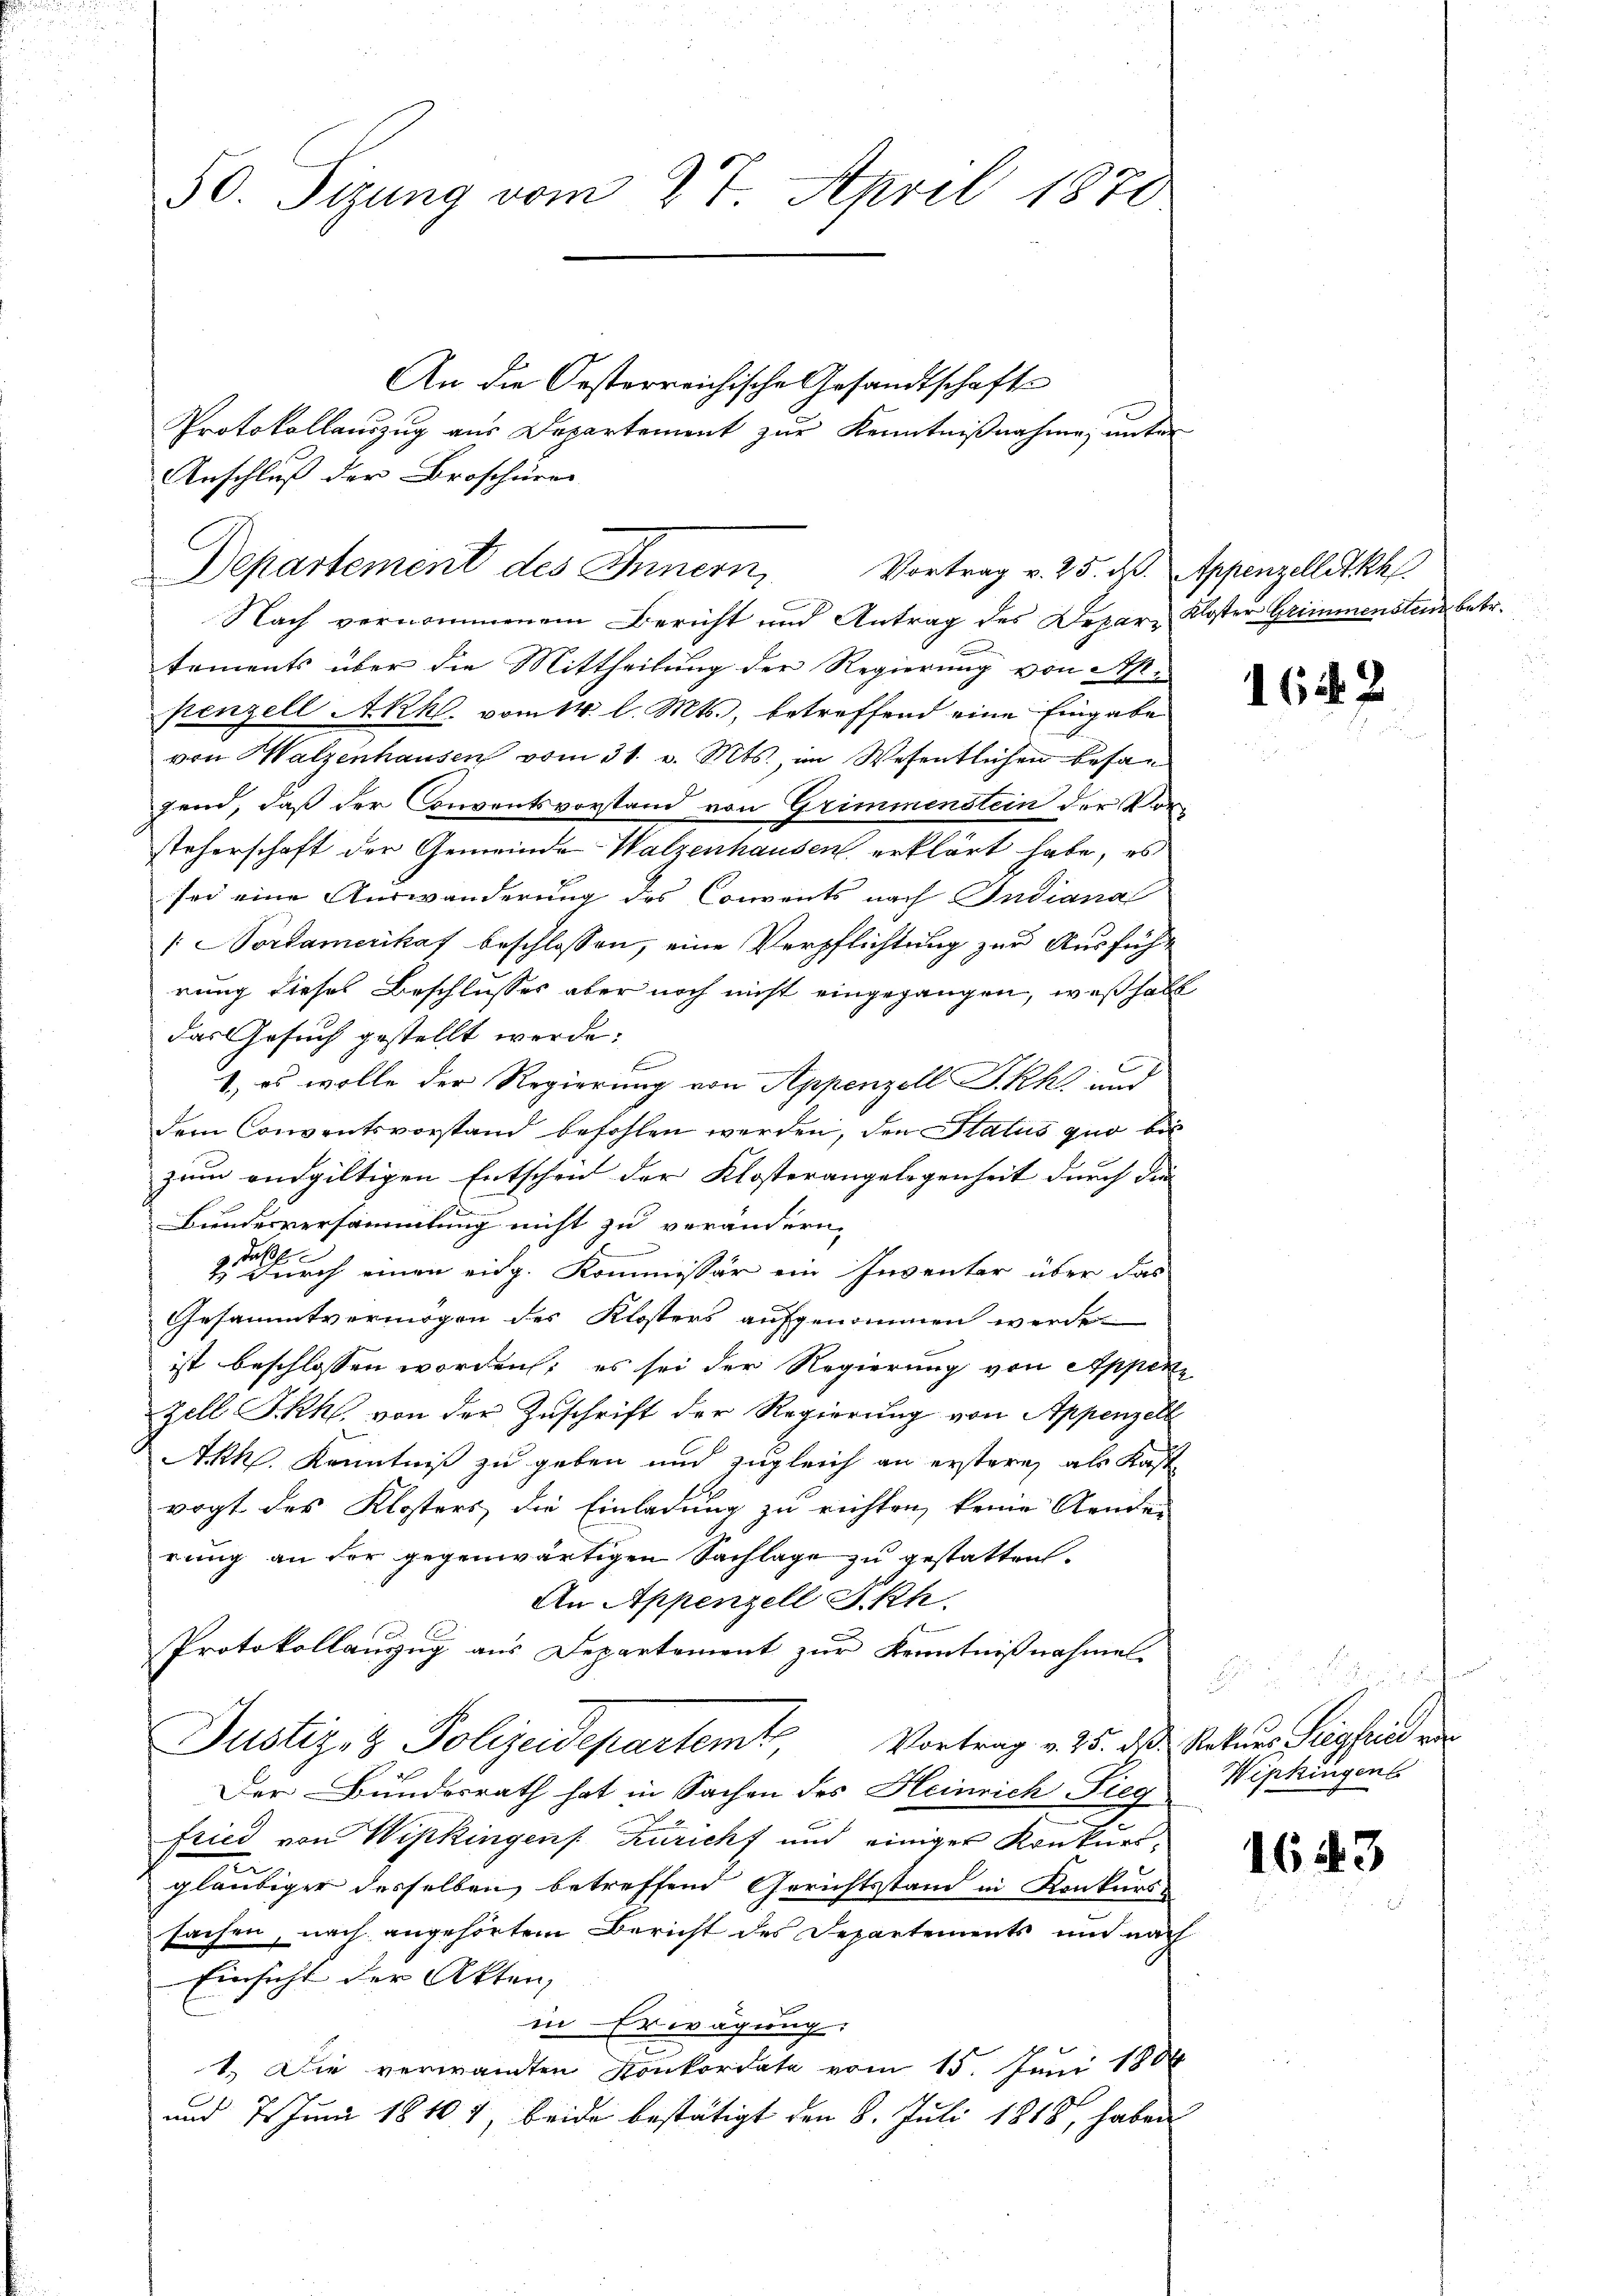
50. Sizung vom 27. April 1870

Departement des Innern,
Vortrag v. 25. Rp. Appenzelletkh
Nach vernommenem Bericht und Antrag des Depar- Kloster Grimmensten betr.

Anschluß der Broschüren
tements über die Mittheilung der Regierung von Ap
penzell Akhl. vom 14. l. Mts., betreffend eine Eingabe
von Walzenhausen vom 31. v. Mts., im Wesentlichen befan
gend, daß der Conventsvorstand von Grimmenstein der Vorsteherschaft der Gemeinde Walzenhausen erklärt habe, es
sei eine Auswanderung des Convents nach Indiana
/ Nordamerikaf beschlossen, eine Verpflichtung zur Ausführung dieses Beschlusses aber noch nicht eingegangen, weshalt
das Gesuch gestellt werde:
E
1.) es wolle der Regierung von Appenzell Ikk und
dem Conventsvorstand befohlen werden, den Status quo bis
zum endgültigen Entscheid der Klosterangelegenheit durch die
Bundesversammlung nicht zu verändern,
2 durch einen eidg. Kommissär ein Inventar über das
Gesammtvermögen des Klosters aufgenommen werde.
ist beschlossen worden; es sei der Regierung von Appenze
zell I.Rh. von der Zuschrift der Regierung von Appenzell
Akkl. Kenntniß zu geben und zugleich an erstere als Kost
vogt des Klosters die Einladung zu richten, keine Aenden
rung an der gegenwärtigen Sachlage zu gestatten.
An Appenzell Fkh.
Protokollauszug aus Departement zur Kenntnißnahmel
Justiz- & Polizeidepartemt, Vortrag v. 25. ds. Naturs Siegfrieder
Der Bundesrath hat in Sachen des Heinrich Sieg Wipkingens
fried von Wipkingen Zuricht und einiger Konkursgläubiger desselben, betreffend Gerichtsstand in Konkurssachen, nach angehörtem Bericht des Departements und nach
Einsicht der Akten,
in Erwägung:
1.) Die verwandten Konkordate vom 15. Juni 1888
und 7. Juni 1840 7, beide bestätigt den 8. Juli 1818, haben

An die Oesterreichische Gesandtschafts
Protokollauszug aus Departement zur Kenntnißnahme, unter

1649

x

1643